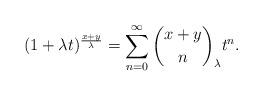
LaTeX: \begin{align*}(1+ \lambda t)^{\frac{x+y}{\lambda }} = \sum_{n=0}^\infty {x+y \choose n}_\lambda t^n.\end{align*}